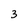
Character: 3